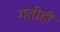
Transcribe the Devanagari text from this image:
गतीही